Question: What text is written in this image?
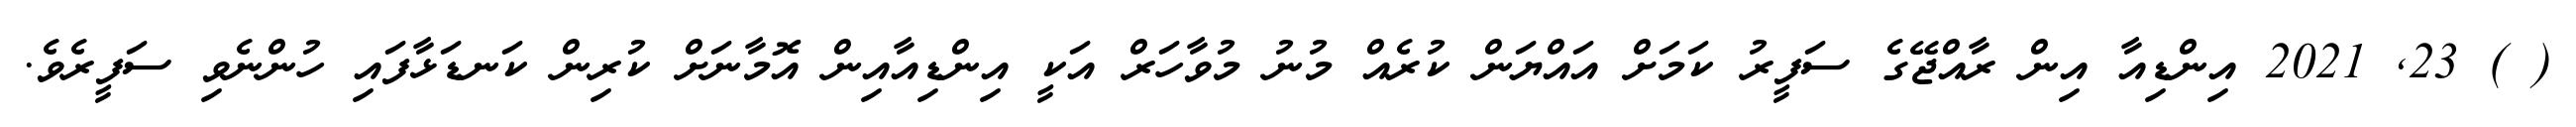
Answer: ( ) 23, 2021 އިންޑިއާ އިން ރާއްޖޭގެ ސަފީރު ކަމަށް އައްޔަން ކުރެއް މުނު މުވާހަރް އަކީ އިންޑިއާއިން އޮމާނަށް ކުރިން ކަނޑަޅާފައި ހުންނެވި ސަފީރެވެ.